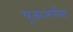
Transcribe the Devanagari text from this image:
पूजाअर्चना